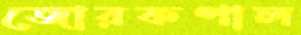
জোরকপাল